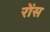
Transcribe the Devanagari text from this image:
रोंस